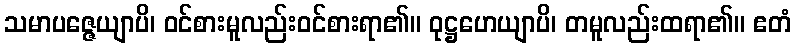
သမာပဇ္ဇေယျာပိ၊ ဝင်စားမူလည်းဝင်စားရာ၏။ ဝုဋ္ဌဟေယျာပိ၊ တမူလည်းထရာ၏။ ဧတံ